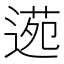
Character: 𮞫